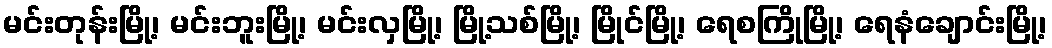
မင်းတုန်းမြို့၊ မင်းဘူးမြို့၊ မင်းလှမြို့၊ မြို့သစ်မြို့၊ မြိုင်မြို့၊ ရေစကြိုမြို့၊ ရေနံချောင်းမြို့၊